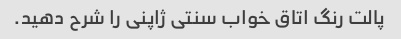
پالت رنگ اتاق خواب سنتی ژاپنی را شرح دهید.